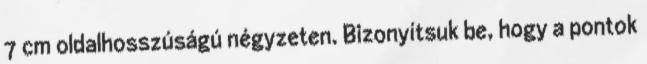
7 cm oldalhosszúságú négyzeten. Bizonyítsuk be, hogy a pontok